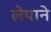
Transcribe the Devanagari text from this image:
लेपाने